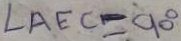
\angle A E C = 9 0 ^ { \circ }